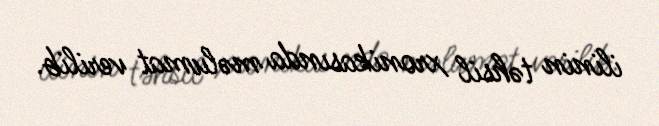
ilinin təhsil xronikasında məlumat verilib.